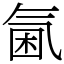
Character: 𣱣